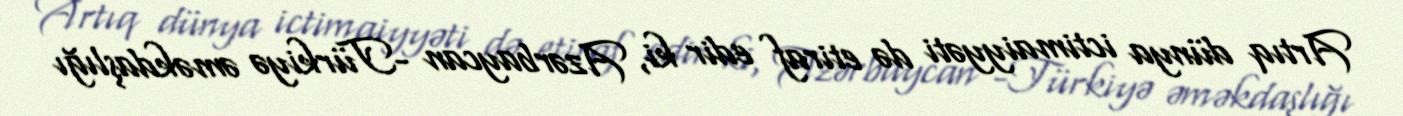
Artıq dünya ictimaiyyəti də etiraf edir ki, Azərbaycan -Türkiyə əməkdaşlığı